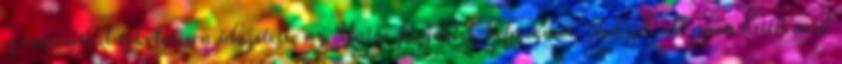
szempontból tökéletesen időzítette az Uniós projektek befejezését. Tulajdonképpen kritikával